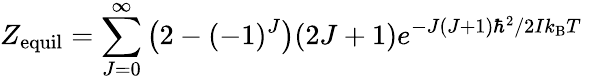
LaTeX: Z_{\mathrm{equil}}=\sum_{J=0}^{\infty}{\left(2-(-1)^{J}\right)(2J+1)e^{{-J(J+1)\hbar^{2}}/{2Ik_{\mathrm{B}}T}\; }}